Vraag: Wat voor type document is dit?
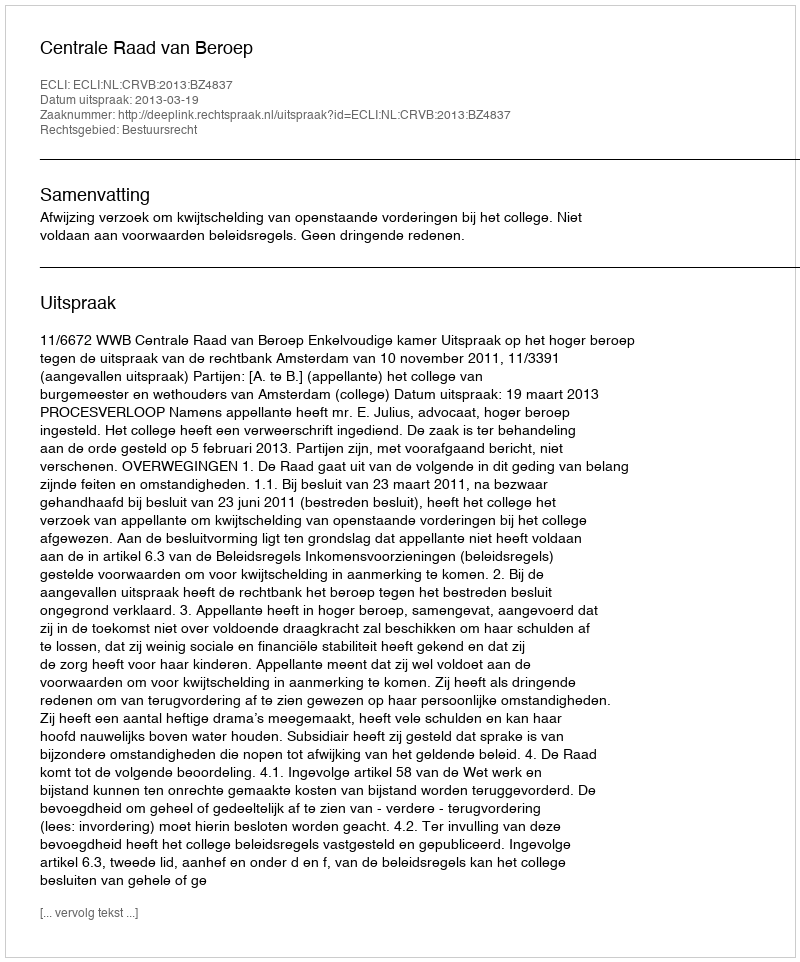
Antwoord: Uitspraak